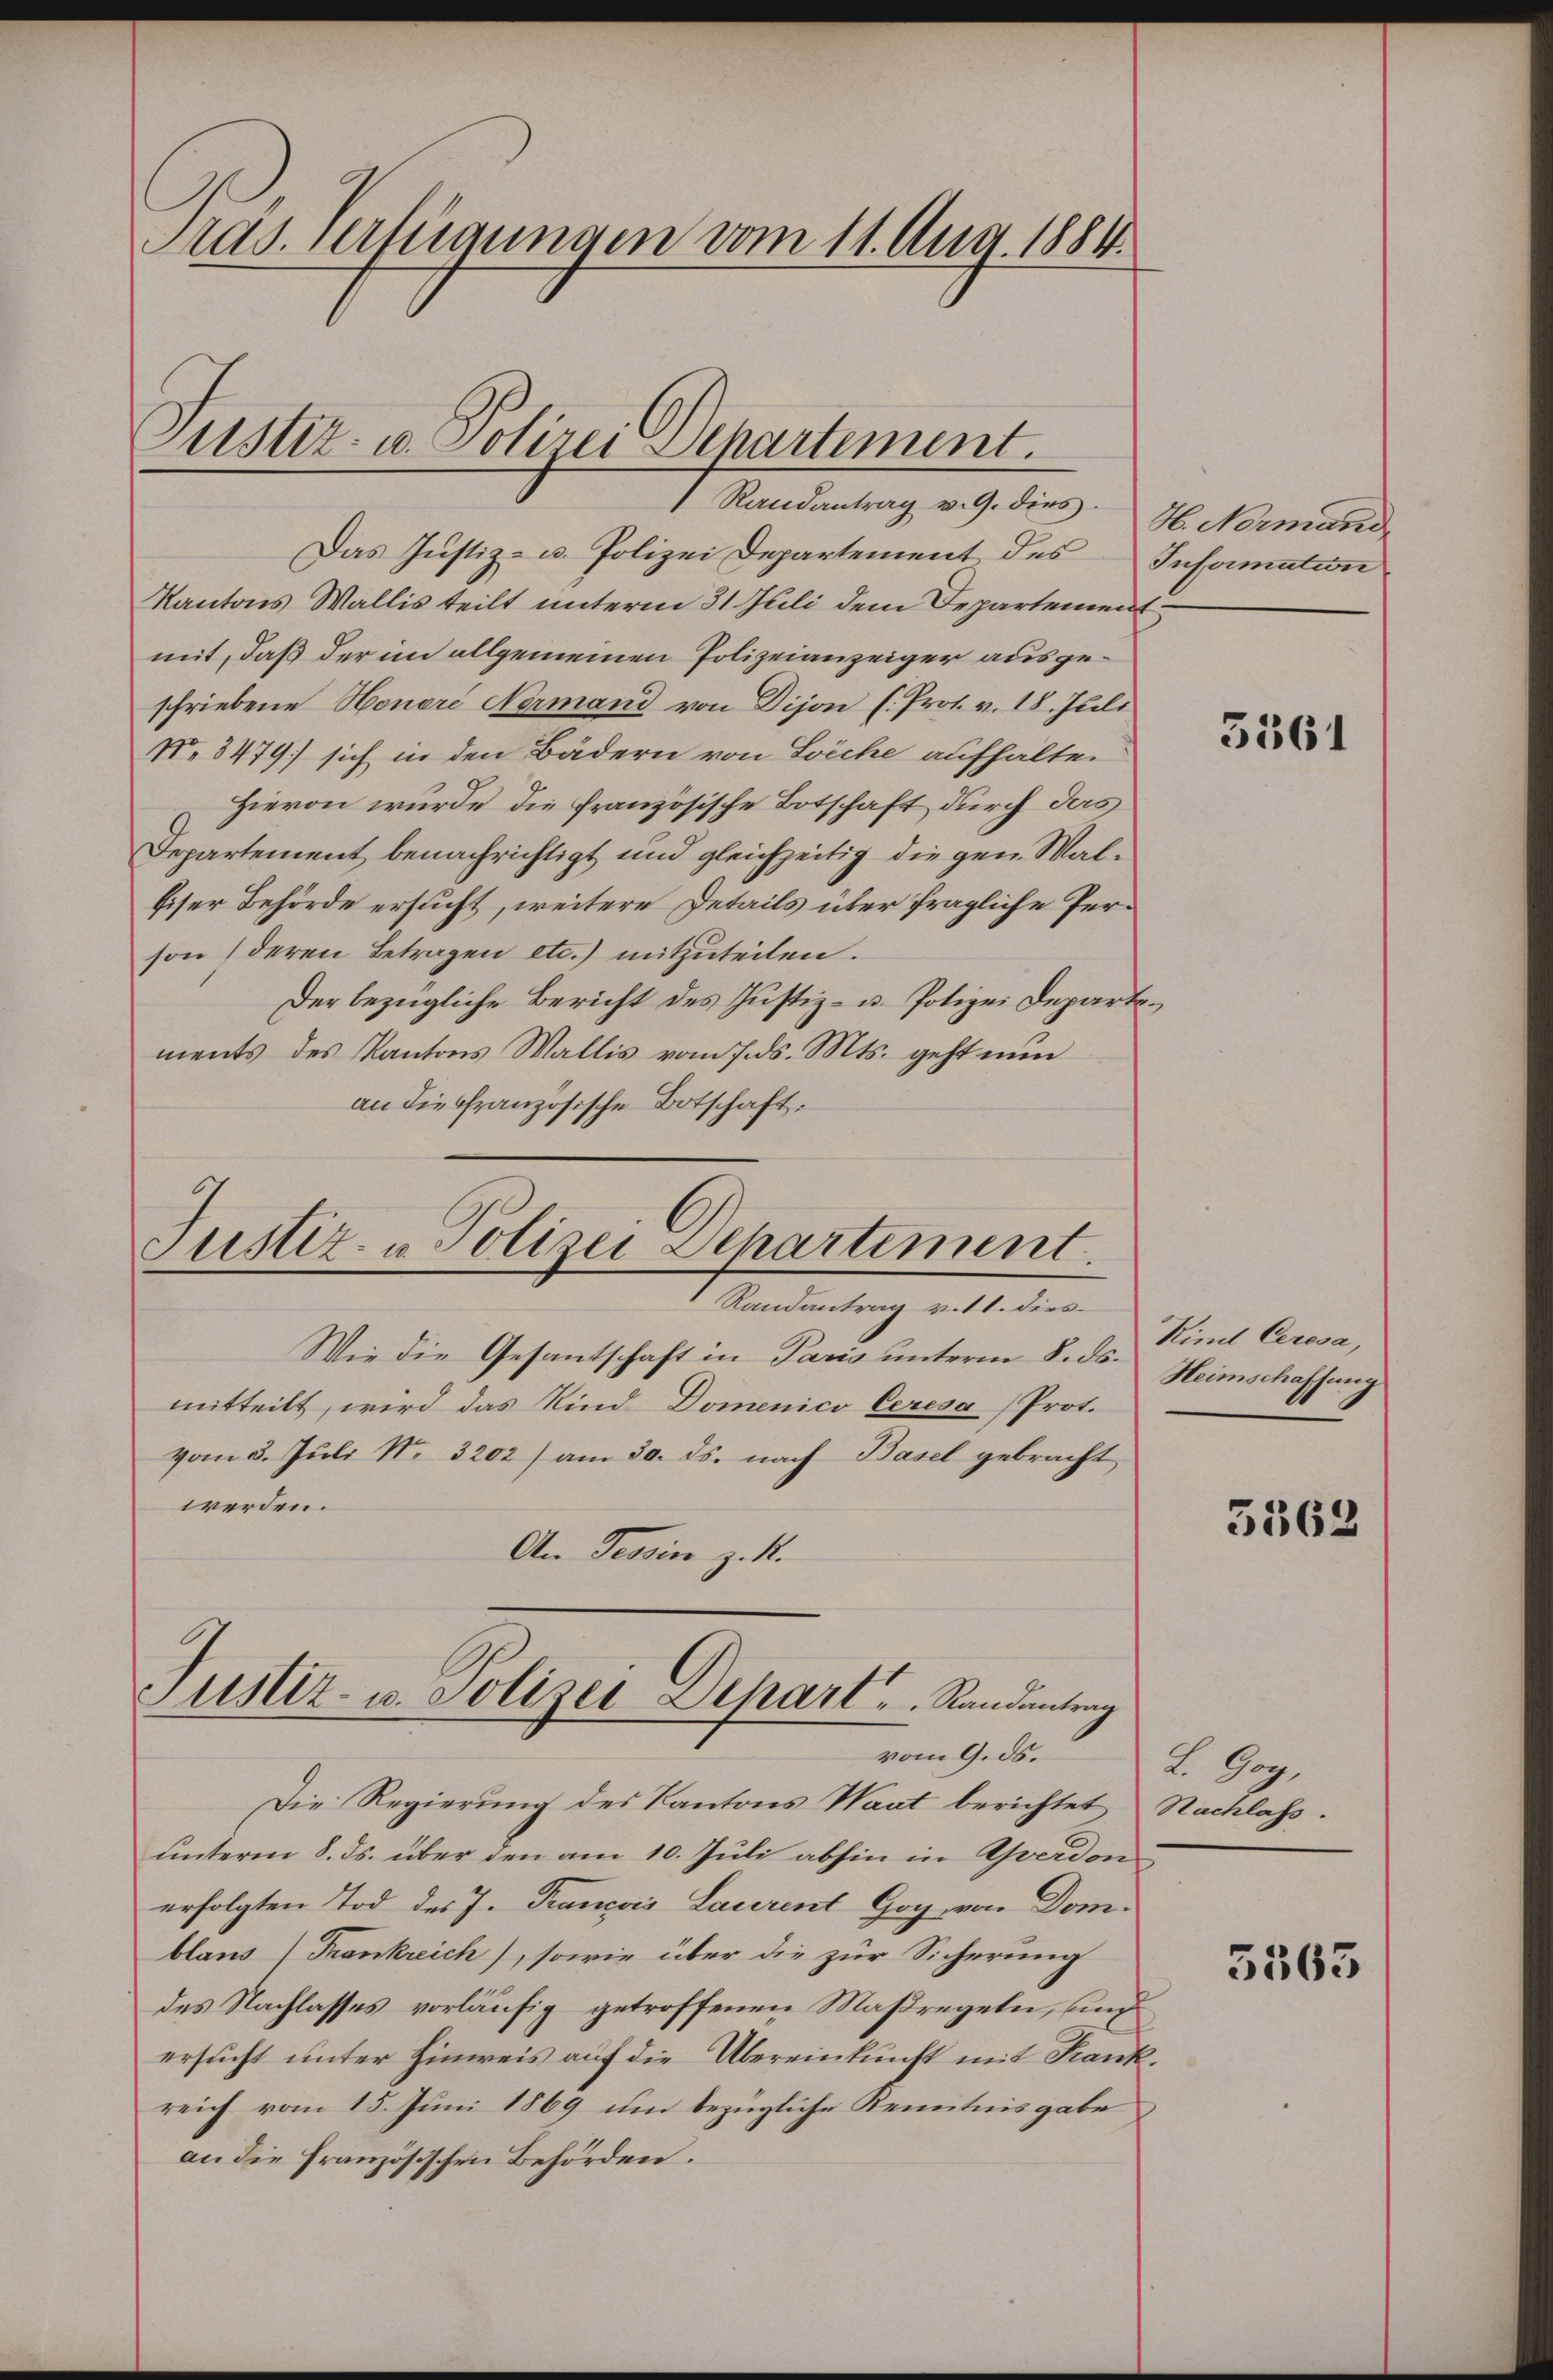
Präs. verfügungen vom 11. Aug. 1884.

Das Justiz- u. Polizei Departement des Information
Kantons Wallis teilt unterm 31. Juli dem Departement
mit, daß der im allgemeinen Polizeianzeiger ausgeschriebene Honere Nermand von Dijon (. Prot. v. 18. Juli
No 3479) sich in den Bädern von Loche aufhalten
Hievon wurde die französische Botschaft durch ders
Departement benachrichtigt und gleichzeitig die gen. Wal¬
Eiser Behörde ersucht, weitere Details über fragliche Person deren Betragen etc.) mitzuteilen.
Der bezügliche Bericht des Justiz- u. Polizei Departements des Kantons Wallis vom 7. ds. Mts. geht nun
an die Französische Botschaft.

Justiz- u. Polizei Departement.
1 Randantrag v. 9. dies H. Normand

Justiz- u Polizei-Separtement.
Randantrag v. 11. dies

Wie die Gesantschaft in Paris unterm S. ds. Heimschaffung
mitteilt, wird das Kind Domenico Ceresa (Prot.
vom 3. Juli Nr. 3202) am 30. ds. nach Basel gebracht
werden.
An Tessin z. B.
Die Regierung des Kantons Waat berichtet
unterm 8. ds. über den am 10. Juli abhin in Averdon
erfolgten Tod des J. Trancois Laurent Goy von Domblaus (Frankreich), sowie über die zur Sicherung
des Nachlasses vorläufig getroffenen Maßregeln, und
ersucht unter Hinweis auf die Übereinkunft mit Krank
reich vom 15. Juni 1869 um bezügliche Kenntnisgabe
an die Französischen Behörden.

Justiz- u. Polizei Depart . . . .  Randantrag
vom 9. ds.

3561

Kind Ceresa,

5562

L. Goy,
Rachlass.

3563